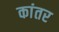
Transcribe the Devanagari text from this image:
कांतर